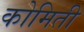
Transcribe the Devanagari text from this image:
कोमिती